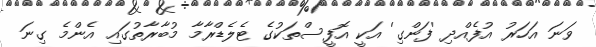
ވަނަ އަހަރު އުފެއްދި 'ފަންގި' އަކީ އޮފީސްތަކުގެ ޓެލެޑްރާމާ މުބާރާތުގައި އެންމެ ގިނަ